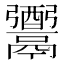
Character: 𩱗